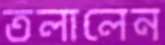
তলালেন